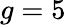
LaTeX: g=5